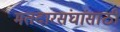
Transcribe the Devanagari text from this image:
मतदारसंघांसाठी